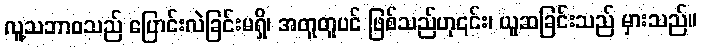
လူ့သဘာဝသည် ပြောင်းလဲခြင်းမရှိ၊ အတူတူပင် ဖြစ်သည်ဟု၎င်း၊ ယူဆခြင်းသည် မှားသည်။